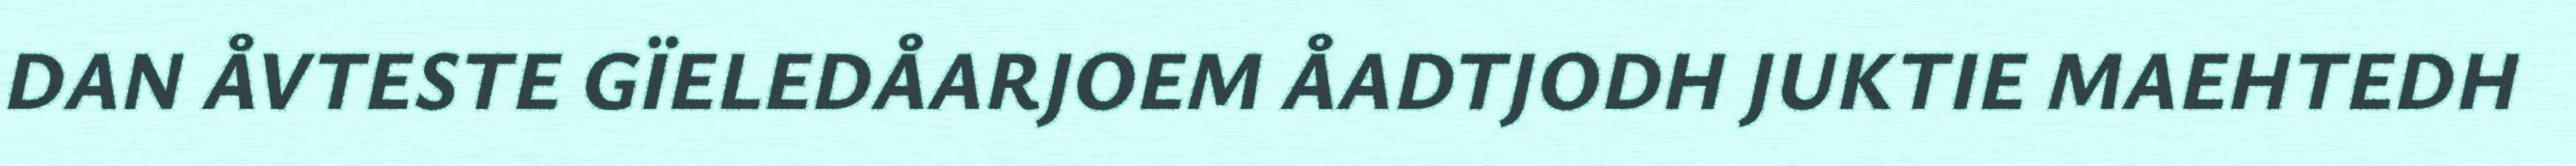
DAN ÅVTESTE GÏELEDÅARJOEM ÅADTJODH JUKTIE MAEHTEDH